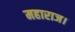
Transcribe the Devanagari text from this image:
महाराज।